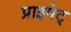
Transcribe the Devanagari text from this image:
प्राइमेट्